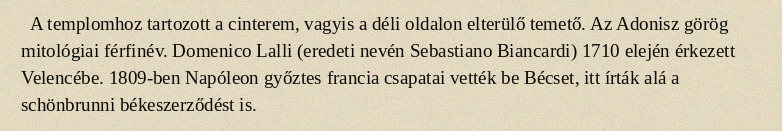
A templomhoz tartozott a cinterem, vagyis a déli oldalon elterülő temető. Az Adonisz görög mitológiai férfinév. Domenico Lalli (eredeti nevén Sebastiano Biancardi) 1710 elején érkezett Velencébe. 1809-ben Napóleon győztes francia csapatai vették be Bécset, itt írták alá a schönbrunni békeszerződést is.